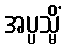
အပ္ပသ္မိံ